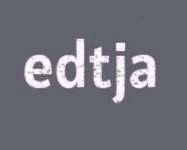
edtja